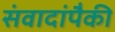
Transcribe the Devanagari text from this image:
संवादांपैकी